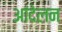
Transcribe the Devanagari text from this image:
आंदेलन